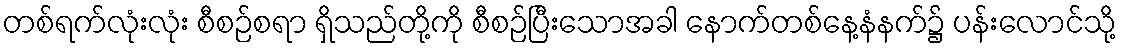
တစ်ရက်လုံးလုံး စီစဉ်စရာ ရှိသည်တို့ကို စီစဉ်ပြီးသောအခါ နောက်တစ်နေ့နံနက်၌ ပန်းလောင်သို့